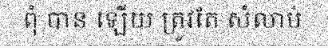
ពុំ បាន ឡើយ ត្រូវតែ សំលាប់